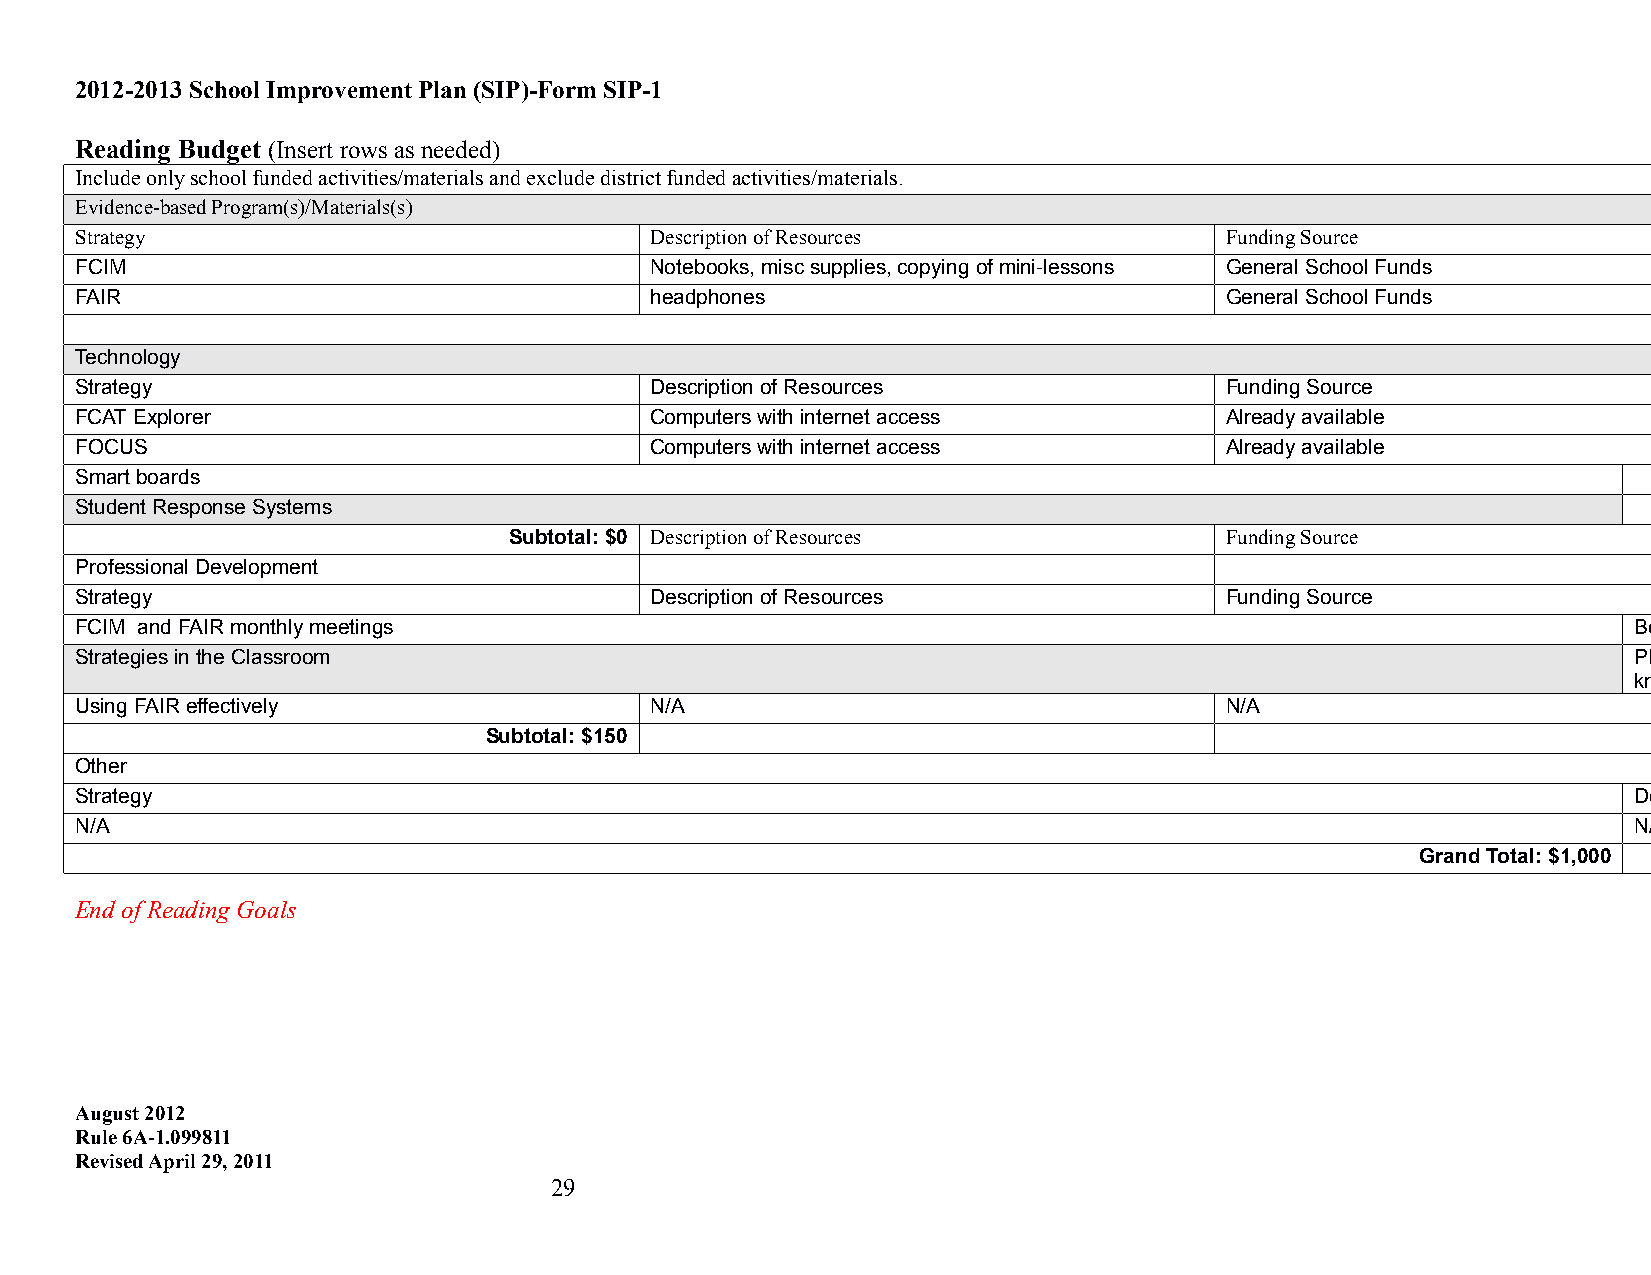
2012-2013 School Improvement Plan (SIP)-Form SIP-1
 Reading Budget (Insert rows as needed)
 Include only school funded activities/materials and exclude district funded activities/materials.
 Evidence-based Program(s)/Materials(s)
 Strategy                              Description of Resources              Funding Source
 FCIM                                  Notebooks, misc supplies, copying of mini-lessons General School Funds
 FAIR                                  headphones                            General School Funds
 Technology
 Strategy                              Description of Resources              Funding Source
 FCAT Explorer                         Computers with internet access        Already available
 FOCUS                                 Computers with internet access        Already available
 Smart boards
 Student Response Systems
 Subtotal: $0 Description of Resources          Funding Source
 Professional Development
 Strategy                              Description of Resources              Funding Source
 FCIM and FAIR monthly meetings                                                                         Benchmark Data, Data Notebooks
 Strategies in the Classroom                                                                            PLC books, District and faculty
 knowledge/presentations
 Using FAIR effectively                N/A                                   N/A
 Subtotal: $150
 Other
 Strategy                                                                                               Description of Resources
 N/A                                                                                                    N/A
 Grand Total: $1,000
 End of Reading Goals
 August 2012
 Rule 6A-1.099811
 Revised April 29, 2011
 29